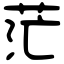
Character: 茫